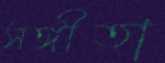
সঙ্গীতা